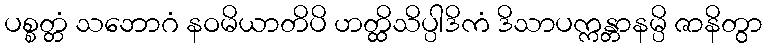
ပစ္စတ္တံ သဘောဂံ နဝမိယာတိပိ ဟတ္ထိသိပ္ပါဒိကံ ဒိသာပက္ကန္တာနမ္ပိ ဇာနိတွာ